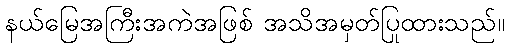
နယ်မြေအကြီးအကဲအဖြစ် အသိအမှတ်ပြုထားသည်။